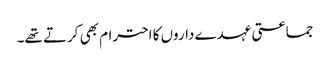
جماعتی عہدے داروں کا احترام بھی کرتے تھے۔